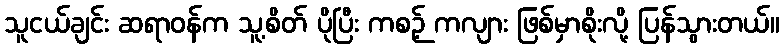
သူငယ်ချင်း ဆရာဝန်က သူ့စိတ် ပိုပြီး ကစဉ့် ကလျား ဖြစ်မှာစိုးလို့ ပြန်သွားတယ်။